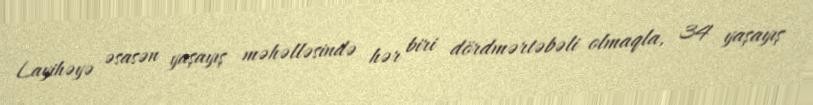
Layihəyə əsasən yaşayış məhəlləsində hər biri dördmərtəbəli olmaqla, 34 yaşayış